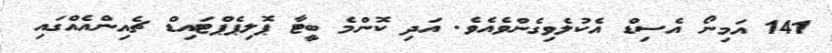
141 އަމިނޯ އެސިޑް އެކުލެވިގެންވެއެވެ. އަދި ކޮންމެ ބީޓާ ޕޮލިޕެޕްޓައިޑް ޗެއިންއެއްގައި